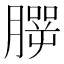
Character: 𦠍